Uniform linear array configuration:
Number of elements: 64
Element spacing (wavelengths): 0.5
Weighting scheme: uniform
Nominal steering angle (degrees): -45
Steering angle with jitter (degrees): -45.065
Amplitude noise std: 0.05
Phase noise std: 0.05

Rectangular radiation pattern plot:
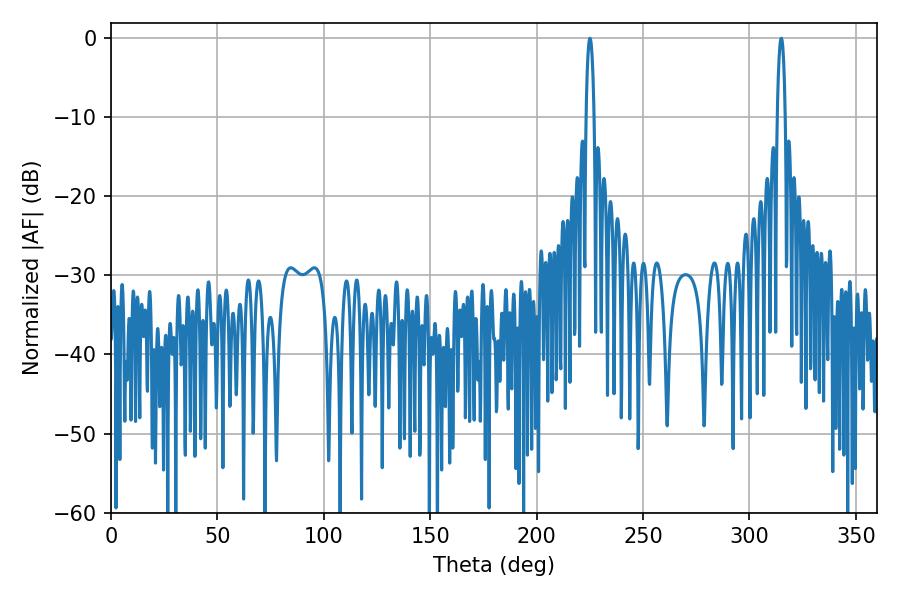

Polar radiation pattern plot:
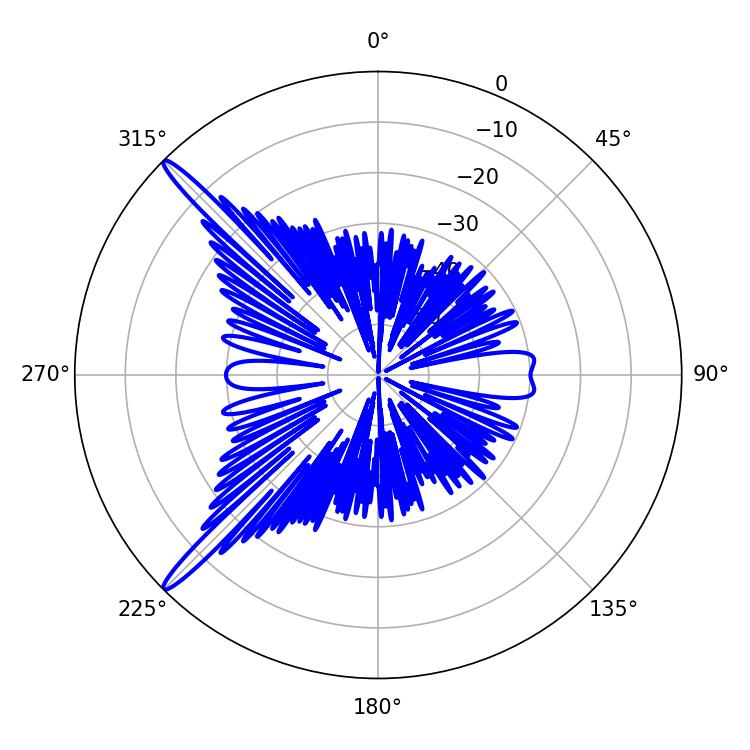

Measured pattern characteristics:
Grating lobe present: FALSE
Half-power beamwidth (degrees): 1.98
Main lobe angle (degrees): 225